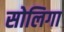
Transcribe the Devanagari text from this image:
सोलिगा